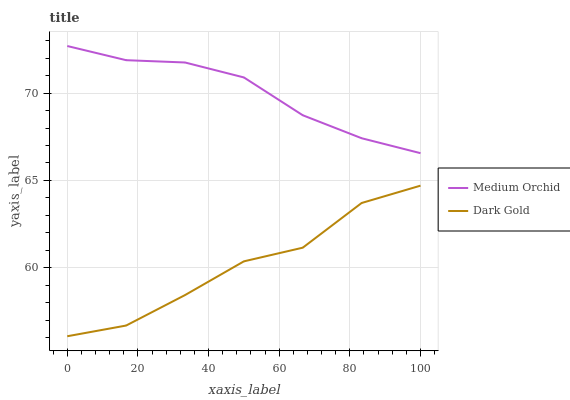
| xaxis_label | Medium Orchid | Dark Gold |
 | --- | --- | --- |
 | 0 | 72.7 | 56.1 |
 | 16.7 | 71.9 | 56.7 |
 | 33.3 | 71.8 | 58.4 |
 | 50 | 70.9 | 60.4 |
 | 66.7 | 68.7 | 61.1 |
 | 83.3 | 67.4 | 63.7 |
 | 100 | 66.6 | 64.7 |